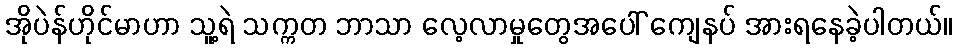
အိုပဲန်ဟိုင်မာဟာ သူ့ရဲ သက္ကတ ဘာသာ လေ့လာမှုတွေအပေါ် ကျေနပ် အားရနေခဲ့ပါတယ်။